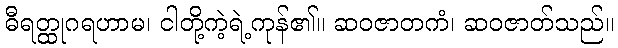
ဓီရတ္ထုဂရဟာမ၊ ငါတို့ကဲ့ရဲ့ကုန်၏။ ဆဝဇာတကံ၊ ဆဝဇာတ်သည်။